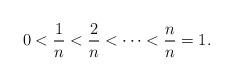
LaTeX: \begin{align*}0 < \frac{1}{n} <\frac{2}{n} < \cdots < \frac{n}{n}=1.\end{align*}